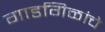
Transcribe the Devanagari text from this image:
गाडगिळांचे